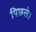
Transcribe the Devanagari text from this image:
पिछले।